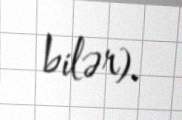
bilər).